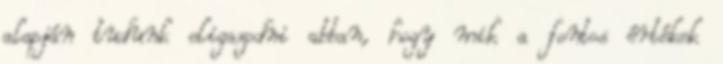
alapján tudunk eligazodni abban, hogy mik a fontos értékek